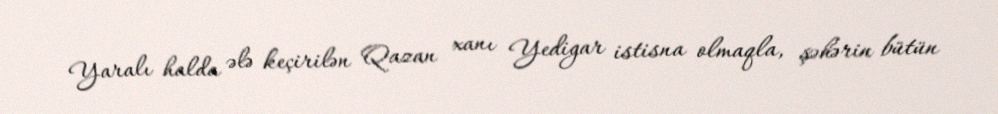
Yaralı halda ələ keçirilən Qazan xanı Yedigar istisna olmaqla, şəhərin bütün